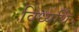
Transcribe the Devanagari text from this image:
विध्यर्थि